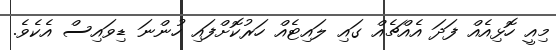
މިއީ ހޮޅިއެއް ފަދަ އެއްޗެއް ގައި ލައިޓެއް ހަރުކޮށްފައި ހުންނަ ޑިވައިސް އެކެވެ.